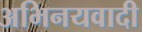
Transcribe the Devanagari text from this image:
अभिनयवादी